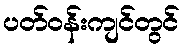
ပတ်ဝန်းကျင်တွင်